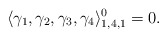
\begin{align*}\langle \gamma_1,\gamma_2,\gamma_3,\gamma_4\rangle_{1,4,1}^0=0. \end{align*}